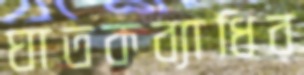
ঘাতকব্যাধির